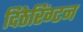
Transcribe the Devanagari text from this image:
दिठेरिंग्टन